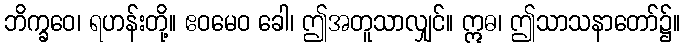
ဘိက္ခဝေ၊ ရဟန်းတို့။ ဧဝမေဝ ခေါ၊ ဤအတူသာလျှင်။ ဣဓ၊ ဤသာသနာတော်၌။